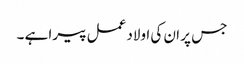
جس پر ان کی اولاد عمل پیرا ہے ۔